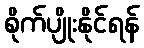
စိုက်ပျိုးနိုင်ရန်